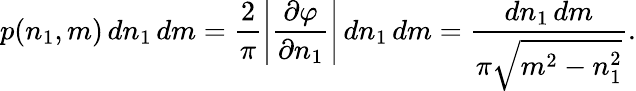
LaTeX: p(n_{1},m)\, dn_{1}\, dm=\frac{2}{\pi}\left|\frac{\partial\varphi}{\partial n_{1}}\right|\, dn_{1}\, dm=\frac{dn_{1}\, dm}{\pi\sqrt{m^{2}-n_{1}^{2}}}.